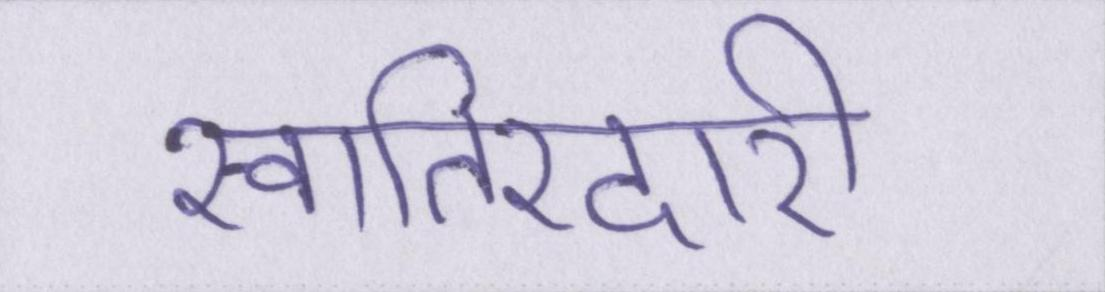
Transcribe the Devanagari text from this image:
खातिरदारी